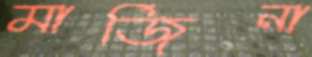
মার্জিনা